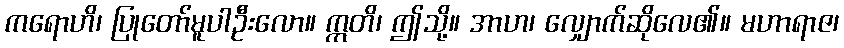
ကရောဟိ၊ ပြုတော်မူပါဦးလော။ ဣတိ၊ ဤသို့။ အာဟ၊ လျှောက်ဆိုလေ၏။ မဟာရာဇ၊